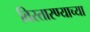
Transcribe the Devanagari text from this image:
विस्तारण्याच्या